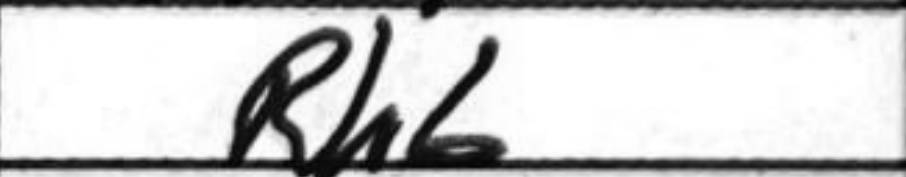
Transcription: Rh6